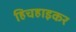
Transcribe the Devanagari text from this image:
हिचहाइकर